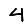
Digit: 4